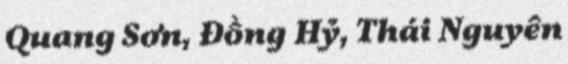
Quang Sơn, Đồng Hỷ, Thái Nguyên